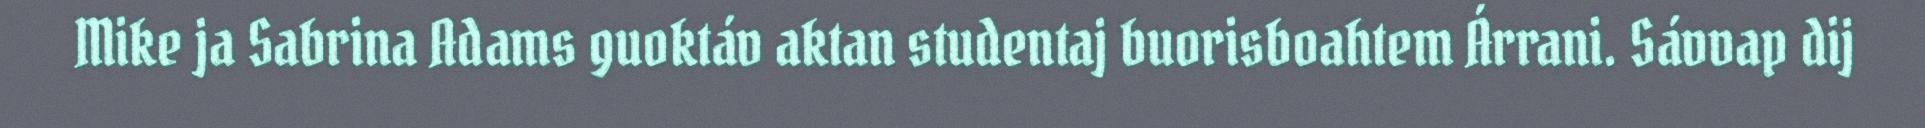
Mike ja Sabrina Adams guoktáv aktan studentaj buorisboahtem Árrani. Sávvap dij